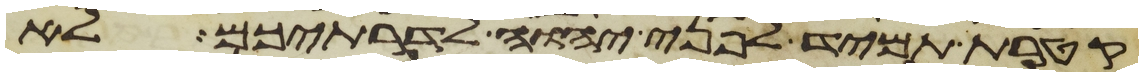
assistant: קטרת תמיד לפני יהוה לדרתיכם לא